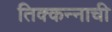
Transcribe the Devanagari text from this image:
तिक्कन्नाची